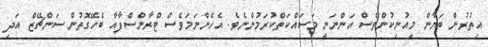
އިތުރުން ބަޔާން މިއުނިކުންވެސް އަންނަނީ މަސައްކަތްކުރަމުންނެވެ. އެހެންނަމަވެސް ޓްރާންސްފާއާ ބެހޭގޮތުން ސަންޗޭޒް އަދި